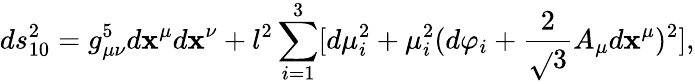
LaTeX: ds_{10}^{2}=g_{\mu\nu}^{5}d\mathbf{x}^{\mu}d\mathbf{x}^{\nu}+l^{2}\sum_{i=1}^{3}[d\mu_{i}^{2}+\mu_{i}^{2}(d\varphi_{i}+\frac{{2}}{{\sqrt{}{{3}}}}A_{\mu}d\mathbf{x}^{\mu})^{2}],